Vaccine operations Central Provinces 1886-1899 - 1886-1899
Year: 1886
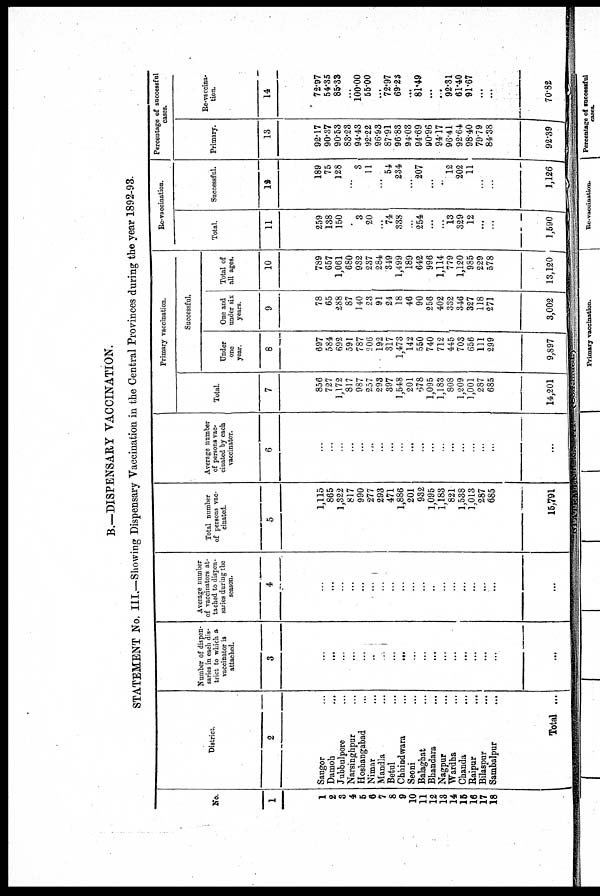
B.—DISPENSARY VACCINATION.
STATEMENT No. III.—Showing Dispensary Vaccination in the Central Provinces during the year 1892-93.
No.
1
1
2
3
4
5
6
7
8
9
10
11
12 13
14
15
16
17
18
District.
2
Saugor ...
Damoh
...
Jubbulpore ...
Narsinghpur ...
Hoshangabad ...
Nimar ...
Mandla ...
Betul ...
Chhindwara ...
Seoni ...
Balaghat ...
Bhandara ...
Nagpur ...
Wardha ...
Chanda ...
Raipur
...
Bilaspur
...
Sambalpur ...
Total ...
Number of dispen-
saries in each dis-
trict to which a
vaccinator is
attached.
3
...
...
...
...
...
...
...
...
...
...
...
...
...
...
...
...
...
...
...
Average number
of vaccinators at-
tached to dispen-
saries during the
season.
4
...
...
...
...
...
...
...
...
...
...
...
...
...
...
...
...
...
...
...
Total number
of persons vac-
cinated.
5
1,115
865
1,322
817
990
277
293
471
1,886
201
932
1,095
1,183
821
1,538
1,013
287
685
15,791
Average number
of persons vac-
cinated by each
vaccinator.
6
...
...
...
...
...
...
...
...
...
...
...
...
...
...
...
...
...
...
...
Primary vaccination.
Total.
7
856
727
1,172
817
987
257
293
397
1,548
201
678
1,095
1,183
808
1,209
1,001
287
685
14,201
Successful.
Under
one
year.
8
697
584
692
591
787
206
192
317
1,473
142
550
740
712
445
703
656
111
299
9,897
One and
under six
years.
9
78
65
288
87
140
23
91
24
18
46
90
256
402
332
346
327
118
271
3,002
Total of
all ages.
10
789
657
1,061
680
932
237
284
349
1,499
189
642
996
1,114
779
1,120
985
229
578
13,120
Re-vaccination.
Total.
11
259
138
150
...
3
20
...
74
338
...
254
...
...
13
329
12
...
...
1,590
Successful.
12
189
75
128
...
3
11
...
54
234
...
207
...
..
12
202
11
...
...
1,126
Percentage of successful
cases.
Primary.
13
92.17
90.37
90.53
83.23
94.43
92.22
96.93
87.91
96.83
94.03
94.69
90.96
94.17
96.41
92.64
98.40
79.79
84.38
92.39
Re-vaccina-
tion.
14
72.97
54.35
85.33
...
100.00
55.00
...
72.97
69.23
...
81.49
...
...
92.31
61.40
91.67
...
...
70.82